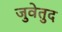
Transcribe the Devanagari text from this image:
जुवेतुद